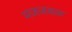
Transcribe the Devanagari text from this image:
मजजवळ